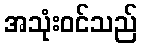
အသုံးဝင်သည်